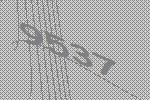
9537